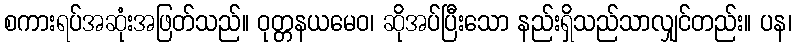
စကားရပ်အဆုံးအဖြတ်သည်။ ဝုတ္တနယမေဝ၊ ဆိုအပ်ပြီးသော နည်းရှိသည်သာလျှင်တည်း။ ပန၊